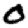
Digit: 0